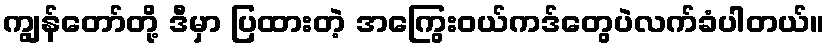
ကျွန်တော်တို့ ဒီမှာ ပြထားတဲ့ အကြွေးဝယ်ကဒ်တွေပဲလက်ခံပါတယ်။